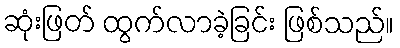
ဆုံးဖြတ် ထွက်လာခဲ့ခြင်း ဖြစ်သည်။